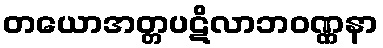
တယောအတ္တပဋိလာဘဝဏ္ဏနာ